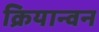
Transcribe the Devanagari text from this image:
क्रियान्‍वन